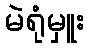
မဲရုံမှူး